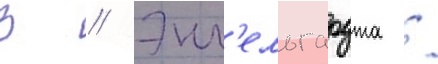
В // Энг'ельгардта /